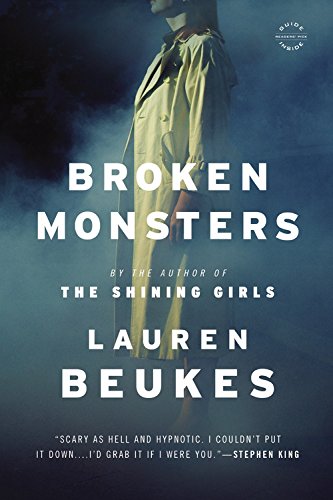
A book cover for Broken Monsters (Reading Group Guide); Lauren Beukes; Mystery, Thriller & Suspense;